Report on horse surra - Volume II, Part II
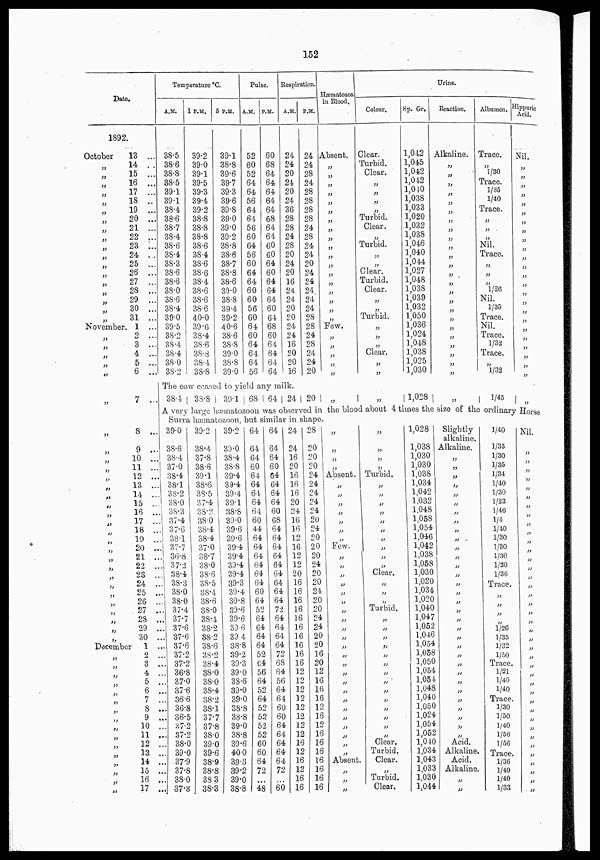
152
Date.
1892
October
„
„
„
„
„
„
„
„
„
„
„
„
„
„
„
„
„
„
November
„
„
„
„
„
„
„
„
„
„
„
„
„
„
„
„
„
„
„
„
„
„
„
„
„
„
„
„
„
„
„
„
December
„
„
„
„
„
„
„
„
„
„
„
„
„
„
„
„
13 ...
14 ...
15 ...
16 ...
17 ...
18 ..
19 ...
20 ...
21 ...
22 ...
23 ...
24 ...
25 ...
26 ...
27 ...
28 ...
29 ...
30 ...
31 ...
1 ...
2 ...
3 ...
4 ...
5 ...
6 ...
7 ...
8 ...
9 ...
10 ...
11 ...
12 ...
13 ...
14 ...
15 ...
16 ...
17 ...
18 ...
19 ...
20 ...
21 ..
22 ..
23 ..
24 ..
25 ..
26 ..
27 ..
28 ..
29 ..
30 ...
1 ...
2 ...
3 ...
4 ...
5 ...
6 ...
7 ...
8 ...
9 ...
10 ...
11 ...
12 ...
13 ...
14 ...
15 ...
16 ...
17 ...
Temperature °C.
A.M.
38.5
38.6
38.8
38.5
39.1
39.1
38.4
38.6
38.7
38.4
38.6
38.4
38.3
38.6
38.6
38.0
38.6
38.4
39.0
39.5
38.2
38.4
38.4
38.0
38.2
1 P.M.
39.2
39.0
39.1
39.5
39.3
39.4
39.2
38.8
38.8
38.8
38.6
38.4
38.6
38.6
38.4
38.6
38.6
38.6
40.0
39.6
38.4
38.6
38.8
38.4
38.8
5 P.M.
39.1
38.8
39.6
39.7
39.3
39.6
39.8
39.0
39.0
39.2
38.8
38.6
38.7
38.8
38.6
39.0
38.8
39.4
39.2
40.6
38.6
38.8
39.0
38.8
39.0
Pulse.
A.M.
52
60
52
64
64
56
64
64
56
60
64
56
60
64
64
60
60
56
60
64
60
64
64
64
56
P.M.
60
68
64
64
64
64
64
68
64
64
60
60
64
60
64
64
64
60
64
68
60
64
64
64
64
Respiration.
A.M.
24
24
20
24
20
24
36
28
28
24
28
20
24
20
16
24
24
20
20
24
24
16
20
20
16
P.M.
24
24
28
24
28
28
28
28
24
28
24
24
20
24
24
24
24
24
28
28
24
28
24
24
20
Hæmatozoa
in Blood.
Absent.
„
„
„
„
„
„
„
„
„
„
„
„
„
„
„
„
„
„
Few.
„
„
„
„
„
Colour.
Clear.
Turbid.
Clear.
„
„
„
„
Turbid.
Clear.
„
Turbid.
„
„
Clear.
Turbid.
Clear.
„
„
Turbid.
„
„
„
Clear.
„
„
Sp. Gr.
1,042
1,045
1,042
1,042
1,040
1,038
1,033
1,020
1,032
1,038
1,046
1,040
1,044
1,027
1,048
1,038
1,039
1,032
1,050
1,036
1,024
1,048
1,038
1,025
1,030
The cow ceased to yield any milk.
38.4
38.8
39.1 68 64 24 20
„
„ 1,028
Urine.
Reaction.
Alkaline.
„
„
„
„
„
„
„
„
„
„
„
„
„
„
„
„
„
„
„
„
„
„
„
„
Albumen.
Trace.
„
1/30
Trace.
1/35
1/40
Trace.
„
„
„
Nil.
Trace.
„
„
„
1/26
Nil.
1/35
Trace.
Nil.
Trace.
1/32
Trace.
„
1/32
Hippuric
Acid.
Nil.
„
„
„
„
„
„
„
„
„
„
„
„
„
„
„
„
„
„
„
„
„
„
„
„
1/45
„
A very large hæinatozoon was observed in the blood about 4 times the size of the ordinary Horse
Surra hæmatozoon, but similar in shape.
39.0
38.6
38.4
37.0
38.4
38.1
38.2
38.0
38.3
37.4
37.6
38.1
37.7
36.8
37.2
38.4
38.3
38.0
38.0
37.4
37.7
37.6
37.6
37.6
37.2
37.2
36.8
37.0
37.6
36.6
36.8
36.5
37.2
37.2
38.0
39.0
37.9
37.8
38.0
37.8
39.2
38.4
37.8
38.6
39.1
38.6
38.5
37.4
38.3
38.0
38.4
38.4
37.0
38.7
38.0
38.6
38.5
38.4
38.6
38.0
38.4
38.2
38.2
38.6
38.2
38.4
38.0
38.0
38.4
38.2
38.1
37.7
37.8
38.0
39.0
39.6
38.9
38.8
38.3
38.3
39.2
39.0
38.4
38.8
39.4
39.4
39.4
39.1
38.8
39.0
39.6
39.6
39.4
39.4
39.4
39.4
39.3
39.4
39.8
39.6
39.6
39.6
39 4
38.8
39.2
39.3
39.0
38.6
39.0
39.0
38.8
38.8
39.0
38.8
39.6
40.0
39.3
39.2
39.0
38.8
64
64
64
60
64
64
64
64
64
60
44
64
64
64
64
64
64
60
64
52
64
64
64
64
52
64
56
64
52
64
52
52
52
52
60
60
64
72
...
48
64
64
64
60
64
64
64
64
60
68
64
64
64
64
64
64
64
64
64
72
64
64
64
64
72
68
64
56
64
64
60
60
64
64
64
64
64
72
...
60
24
24
16
20
16
16
16
20
24
16
16
12
16
12
12
20
16
16
16
16
16
16
16
16
16
16
12
12
12
12
12
12
12
12
16
12
16
12
16
16
28
20
20
20
24
24
24
24
24
20
24
20
20
20
24
20
20
24
20
20
24
24
20
20
16
20
12
16
16
16
12
16
12
16
16
16
16
16
16
16
„
„
„
„
Absent.
„
„
„
„
„
„
„
Few.
„
„
Clear.
„
„
„
„
„
„
„
„
„
„
„
„
„
„
„
„
„
„
„
„
Absent.
„
„
„
„
„
„
„
Turbid.
„
„
„
„
„
„
„
„
„
„
„
„
„
„
Turbid.
„
„
„
„
„
„
„
„
„
„
„
„
„
„
Clear.
Turbid,
Clear.
„
Turbid.
Clear.
1,028
1,038
1,030
1,030
1,038
1,034
1,042
1,032
1,048
1,058
1,054
1,046
1,042
1,038
1,058
1,030
1,020
1,034
1,020
1,040
1,047
1,052
1,046
1,054
1,058
1,050
1,054
1,054
1,048
1,040
1,050
1,024
1,054
1,052
1,040
1,034
1,043
1,033
1,030
1,044
Slightly
alkaline.
Alkaline.
„
„
„
„
„
„
„
„
„
„
„
„
„
„
„
„
„
„
„
„
„
„
„
„
„
„
„
„
„
„
„
„
Acid.
Alkaline.
Acid.
Alkaline.
„
„
1/40
1/35
1/30
1/35
1/34
1/40
1/30
1/23
1/46
1/4
1/40
1/30
1/30
1/30
1/20
1/36
Trace.
„
„
„
„
1/26
1/35
1/32
1/50
Trace.
1/21
1/40
1/40
Trace.
1/30
1/50
1/40
1/56
1/56
Trace.
1/36
1/40
1/40
1/33
Nil.
„
„
„
„
„
„
„
„
„
„
„
„
„
„
„
„
„
„
„
„
„
„
„
„
„
„
„
„
„
„
„
„
„
„
„
„
„
„